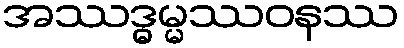
အဿဒ္ဓမ္မဿဝနဿ